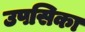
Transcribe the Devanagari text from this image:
उपसिका